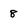
Character: 8